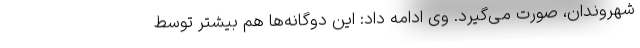
شهروندان، صورت می‌گیرد. وی ادامه داد: این دوگانه‌ها هم بیشتر توسط